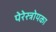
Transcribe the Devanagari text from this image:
पेरेस्त्रोयका